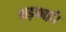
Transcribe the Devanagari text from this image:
भड़काई।